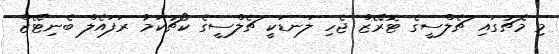
މި މެޗުގައި ޗެލްސީގެ ޓޮރޭޒް ޖެހި ލަނޑަކީ ޗެލްސީގެ ކޯޗުކަމާ ރަފައެލް ބެނިޓޭޒް